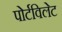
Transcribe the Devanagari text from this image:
पोर्टविलेट